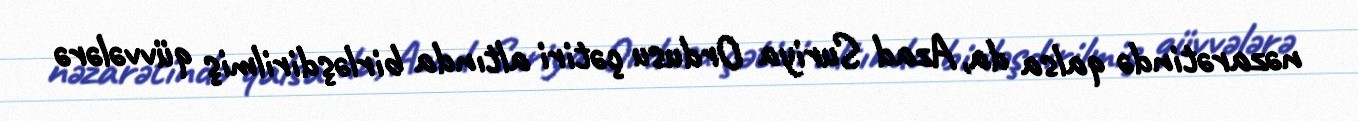
nəzarətində qalsa da, Azad Suriya Ordusu çətiri altında birləşdirilmiş qüvvələrə